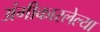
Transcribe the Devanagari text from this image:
अंगीकारलेल्या